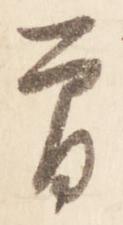
曽